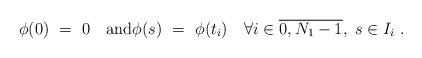
LaTeX: \begin{align*}\phi(0)~=~0\quad\mathrm{and}\phi(s)~=~\phi(t_i)\quad\forall i\in \overline{0,N_1-1},~ s\in I_i~.\end{align*}